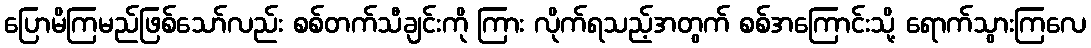
ပြောမိကြမည်ဖြစ်သော်လည်း စစ်တက်သီချင်းကို ကြား လိုက်ရသည့်အတွက် စစ်အကြောင်းသို့ ရောက်သွားကြလေ